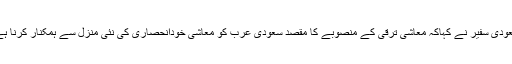
سعودی سفیر نے کہاکہ معاشی ترقی کے منصوبے کا مقصد سعودی عرب کو معاشی خودانحصاری کی نئی منزل سے ہمکنار کرنا ہے۔